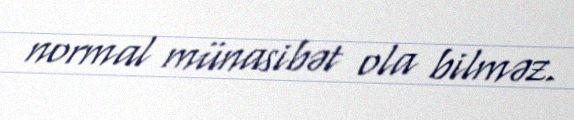
normal münasibət ola bilməz.